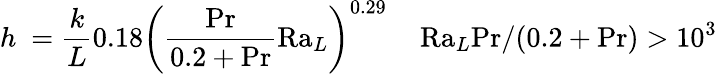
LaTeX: h\ ={\frac{k}{L}}0.18\left({\frac{\mathrm{Pr}}{0.2+\mathrm{Pr}}}\mathrm{Ra}_{L}\right)^{0.29}\, \quad\mathrm{Ra}_{L}\mathrm{Pr}/(0.2+\mathrm{Pr})>10^{3}